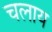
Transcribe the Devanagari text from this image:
चलाय